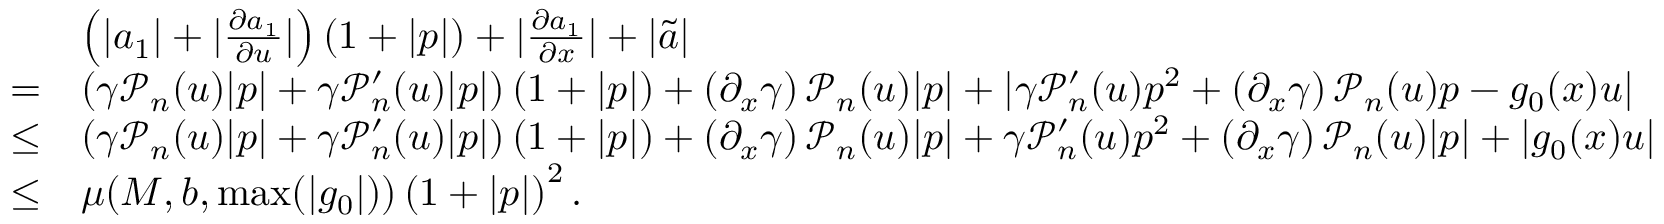
\begin{array} { r l } & { \left( \lvert a _ { 1 } \rvert + \lvert \frac { \partial a _ { 1 } } { \partial u } \rvert \right) \left( 1 + \lvert p \rvert \right) + \lvert \frac { \partial a _ { 1 } } { \partial x } \rvert + \lvert \tilde { a } \rvert } \\ { = } & { \left( \gamma \mathcal { P } _ { n } ( u ) \lvert p \rvert + \gamma \mathcal { P } _ { n } ^ { \prime } ( u ) \lvert p \rvert \right) \left( 1 + \lvert p \rvert \right) + \left( \partial _ { x } \gamma \right) \mathcal { P } _ { n } ( u ) \lvert p \rvert + \lvert \gamma \mathcal { P } _ { n } ^ { \prime } ( u ) p ^ { 2 } + \left( \partial _ { x } \gamma \right) \mathcal { P } _ { n } ( u ) p - g _ { 0 } ( x ) u \rvert } \\ { \leq } & { \left( \gamma \mathcal { P } _ { n } ( u ) \lvert p \rvert + \gamma \mathcal { P } _ { n } ^ { \prime } ( u ) \lvert p \rvert \right) \left( 1 + \lvert p \rvert \right) + \left( \partial _ { x } \gamma \right) \mathcal { P } _ { n } ( u ) \lvert p \rvert + \gamma \mathcal { P } _ { n } ^ { \prime } ( u ) p ^ { 2 } + \left( \partial _ { x } \gamma \right) \mathcal { P } _ { n } ( u ) \lvert p \rvert + \lvert g _ { 0 } ( x ) u \rvert } \\ { \leq } & { \mu ( M , b , \operatorname* { m a x } ( | g _ { 0 } | ) ) \left( 1 + \lvert p \rvert \right) ^ { 2 } . } \end{array}